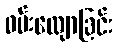
ဝမ်းလျောခြင်း